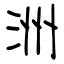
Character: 洲